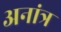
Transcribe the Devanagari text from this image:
अनांत्र